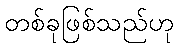
တစ်ခုဖြစ်သည်ဟု